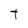
Character: t